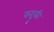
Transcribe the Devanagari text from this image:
कद्दूकी